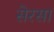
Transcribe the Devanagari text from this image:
सेरसा